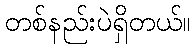
တစ်နည်းပဲရှိတယ်။